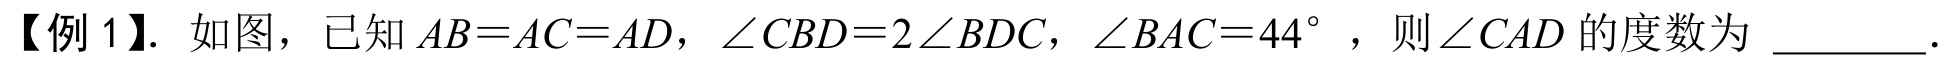
【例 1】. 如图，已知 \(AB = AC = AD\)，\(\angle CBD = 2\angle BDC\)，\(\angle BAC = 44^{\circ}\)，则\(\angle CAD\)的度数为 \_\_\_\_\_ .